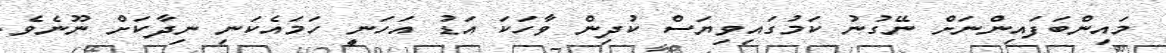
މައިންބަފައިންނަށް ނޭގުނު ކަމުގައިވިޔަސް ކުދިން ވާހަކަ އަޑު އަހަނީ ހަމައެކަނި ނިދާކަށް ނޫނެވެ.